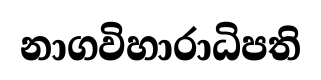
නාගවිහාරාධිපති